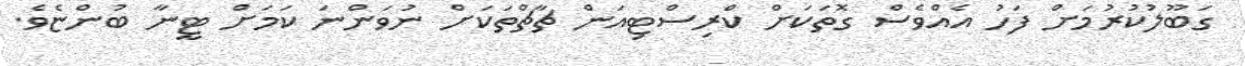
ގަބޫލުކުރުމަށް ފަހު އެއްވެސް ގޮތަކަށް ކްރިސްޓިއަން ޗާޗްތަކަށް ނުވަންނަ ކަމަށް ޓީނާ ބުންޏެވެ.